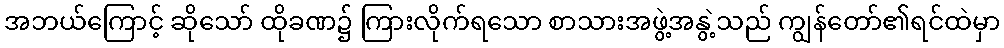
အဘယ်ကြောင့် ဆိုသော် ထိုခဏ၌ ကြားလိုက်ရသော စာသားအဖွဲ့အနွဲ့သည် ကျွန်တော်၏ရင်ထဲမှာ